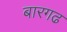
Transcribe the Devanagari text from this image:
बारगढ